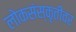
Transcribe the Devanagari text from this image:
लोकसंस्कृतीवर